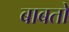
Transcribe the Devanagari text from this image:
बाबतो